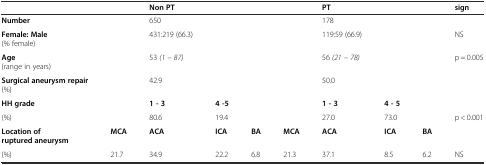
|  |  | Non PT |  |  |  | PT |  |  | sign |
 | --- | --- | --- | --- | --- | --- | --- | --- | --- | --- |
 | Number |  | 650 |  |  |  | 178 |  |  |  |
 | Female: Male (% female) |  | 431:219 (66.3) |  |  |  | 119:59 (66.9) |  |  | NS |
 | Age (range in years) |  | 53 (1 – 87) |  |  |  | 56 (21 – 78) |  |  | p = 0.005 |
 | Surgical aneurysm repair (%) |  | 42.9 |  |  |  | 50.0 |  |  |  |
 | HH grade |  | 1 - 3 | 4 -5 |  |  | 1 - 3 | 4 - 5 |  |  |
 | (%) |  | 80.6 | 19.4 |  |  | 27.0 | 73.0 |  | p < 0.001 |
 | Location of ruptured aneurysm | MCA | ACA | ICA | BA | MCA | ACA | ICA | BA |  |
 | (%) | 21.7 | 34.9 | 22.2 | 6.8 | 21.3 | 37.1 | 8.5 | 6.2 | NS |